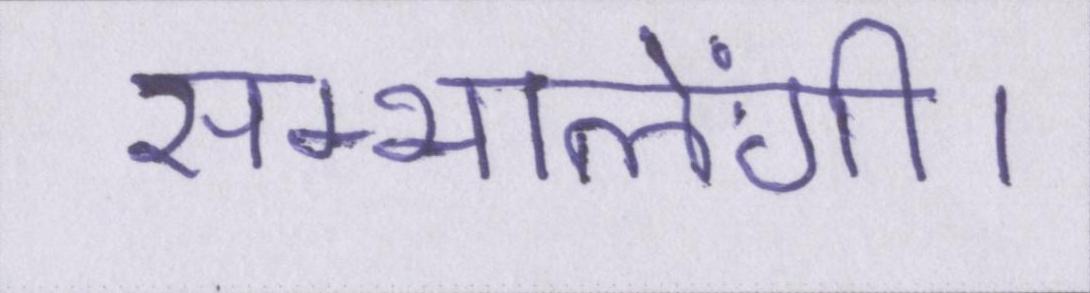
सम्भालेंगी।